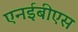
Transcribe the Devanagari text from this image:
एनईबीएस